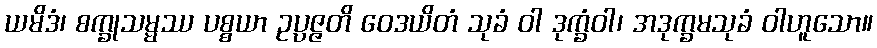
ယမိဒံ၊ စက္ခုသမ္မဿ ပစ္စယာ ဥပ္ပဇ္ဇတိ ဝေဒယိတံ သုခံ ဝါ ဒုက္ခံဝါ၊ အဒုက္ခမသုခံ ဝါဟူသော။